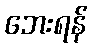
ဘေးရန်